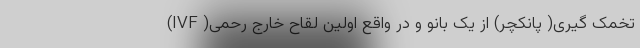
تخمک گیری( پانکچر) از یک بانو و در واقع اولین لقاح خارج رحمی( IVF)